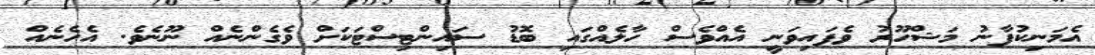
އެމަނިކުފާނު މަޝްހޫރު ވެފައިވަނީ އެއްވެސް ހާލެއްގައި ބޮޑު ސައިންޓިސްޓަކަށް ވެގެންނެއް ނޫނެވެ. އެހެނެއް